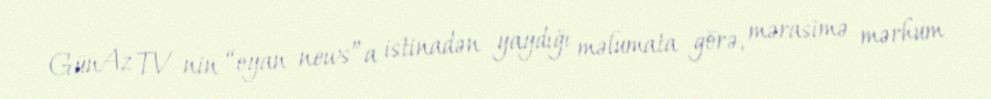
GünAz TV-nin “oyan news”a istinadən yaydığı məlumata görə, mərasimə mərhum